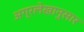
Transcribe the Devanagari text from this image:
अग्रलेखानुसार